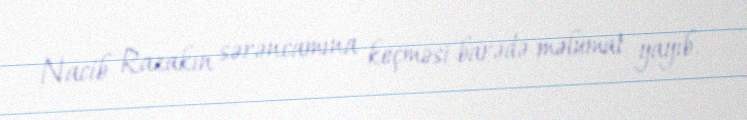
Nacib Razakın sərəncamına keçməsi barədə məlumat yayıb.